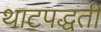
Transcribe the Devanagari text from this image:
थाटपद्धती